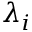
\lambda _ { i }